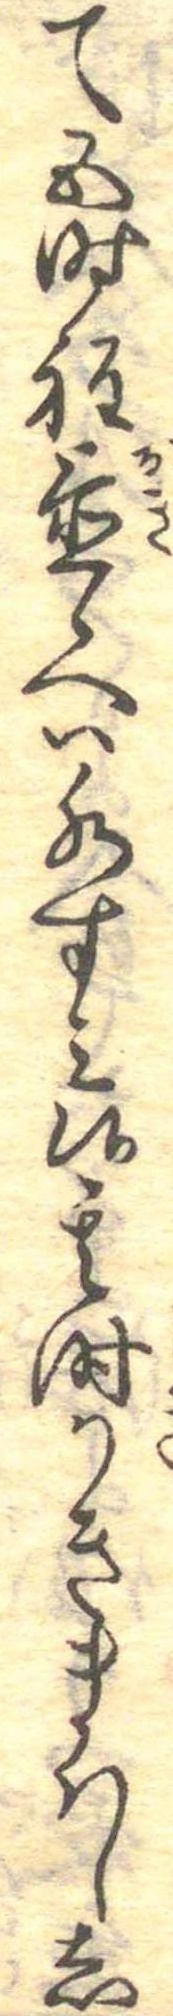
て五時程置候へは水すみ候其時かきまはしし